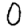
Digit: 0